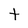
Character: t